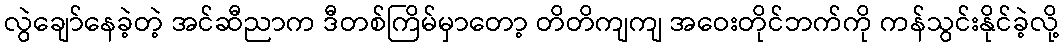
လွဲချော်နေခဲ့တဲ့ အင်ဆီညာက ဒီတစ်ကြိမ်မှာတော့ တိတိကျကျ အဝေးတိုင်ဘက်ကို ကန်သွင်းနိုင်ခဲ့လို့